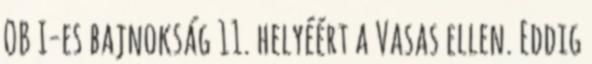
OB I-es bajnokság 11. helyéért a Vasas ellen. Eddig